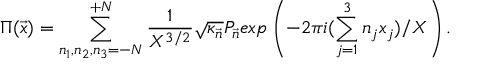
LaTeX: \Pi ( { \vec { x } } ) = \sum _ { n _ { 1 } , n _ { 2 } , n _ { 3 } = - N } ^ { + N } \frac { 1 } { X ^ { 3 / 2 } } { \sqrt { \kappa _ { \vec { n } } } } P _ { \vec { n } } e x p \left( - 2 \pi i ( \sum _ { j = 1 } ^ { 3 } n _ { j } x _ { j } ) / X \right) .